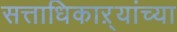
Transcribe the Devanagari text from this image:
सत्ताधिकाऱ्यांच्या